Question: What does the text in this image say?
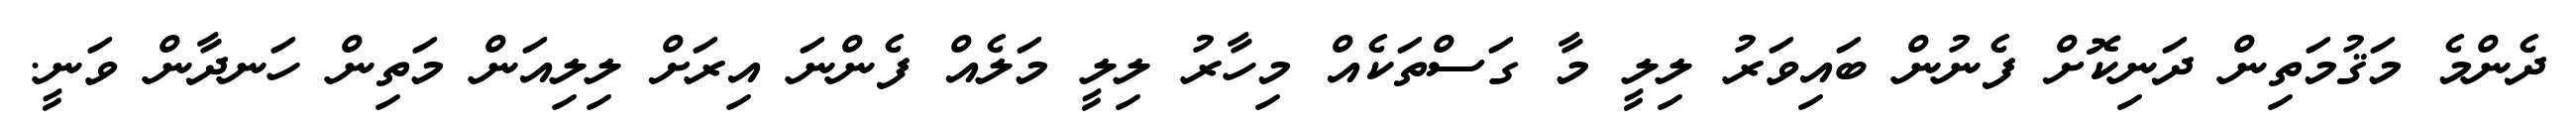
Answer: ދެންމެ މަޤުމަތިން ދަނިކޮށް ފެނުން ބައިވަރު ލިލީ މާ ގަސްތަކެއް މިހާރު ލިލީ މަލެއް ފެންނަ އިރަށް ލިލިއަން މަތިން ހަނދާން ވަނީ.